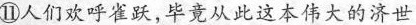
⑪人们欢呼雀跃，毕竟从此这本伟大的济世